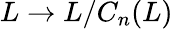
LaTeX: L\to L/C_{n}(L)